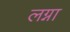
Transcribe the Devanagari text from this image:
लग्ना